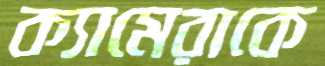
ক্যামেরাকে